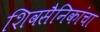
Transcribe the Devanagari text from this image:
शिवसैनिकांचा